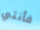
فأنتي